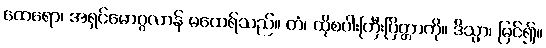
ထေရော၊ အရှင်မောဂ္ဂလာန် မထေရ်သည်။ တံ၊ ထိုစပါးကြီးပြိတ္တာကို။ ဒိသွာ၊ မြင်၍။